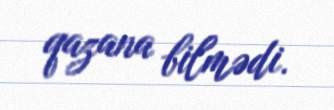
qazana bilmədi.